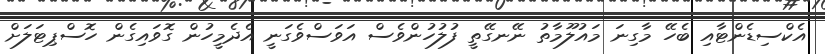
އެކްސިޑެންޓާއި ބެހޭ މާގިނަ މައުލޫމާތު ނޭނގޭތީ ފުލުހުންވެސް އަވަސްވެގަނީ އެދެމީހުން ގޮވައިގެން ހޮސްޕިޓަލަށް